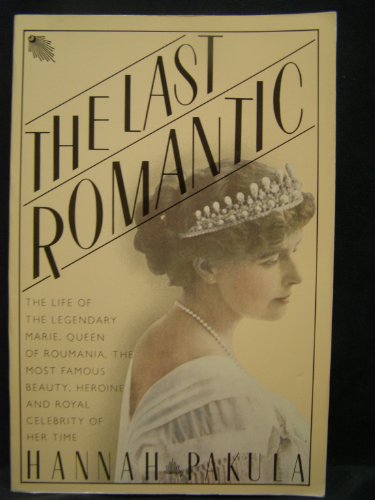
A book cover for The Last Romantic: A Biography of Queen Marie of Roumania; Hannah Pakula; History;